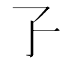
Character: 孒